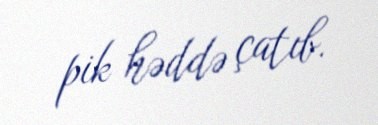
pik həddə çatıb.